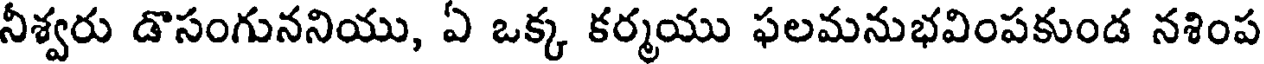
నీశ్వరు డొసంగుననియు, ఏ ఒక్క కర్మయు ఫలమనుభవింపకుండ నశింప